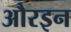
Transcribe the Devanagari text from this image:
औरइन